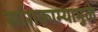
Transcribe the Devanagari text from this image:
सांगकाम्यामुळे